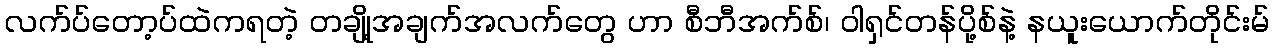
လက်ပ်တော့ပ်ထဲကရတဲ့ တချို့အချက်အလက်တွေ ဟာ စီဘီအက်စ်၊ ဝါရှင်တန်ပို့စ်နဲ့ နယူးယောက်တိုင်းမ်